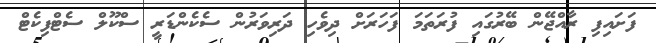
ފަށައިފި ރާއްޖޭން ބޭރުގައި ފުރަތަމަ ފަހަރަށް ދިވެހި ދަރިވަރުން ސެކެންޑަރީ ސްކޫލް ސެޓްފިކެޓް